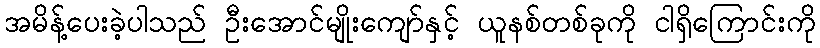
အမိန့်ပေးခဲ့ပါသည် ဦးအောင်မျိုးကျော်နှင့် ယူနစ်တစ်ခုကို ငါရှိကြောင်းကို